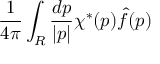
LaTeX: { \frac { 1 } { 4 \pi } } \int _ { \cal R } { \frac { d p } { | p | } } \chi ^ { * } ( p ) { \hat { f } } ( p )